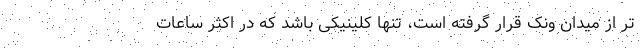
تر از میدان ونک قرار گرفته است، تنها کلینیکی باشد که در اکثر ساعات